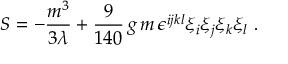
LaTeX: S = - \frac { m ^ { 3 } } { 3 \lambda } + \frac { 9 } { 1 4 0 } \, g \, m \, \epsilon ^ { i j k l } \xi _ { i } \xi _ { j } \xi _ { k } \xi _ { l } \ .